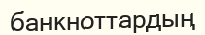
банкноттардың